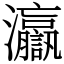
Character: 𤅗